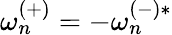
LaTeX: {\omega_{n}^{(+)}}=-\omega_{n}^{(-)*}